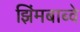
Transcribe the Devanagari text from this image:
झिंमबाब्वे